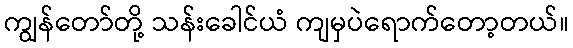
ကျွန်တော်တို့ သန်းခေါင်ယံ ကျမှပဲရောက်တော့တယ်။